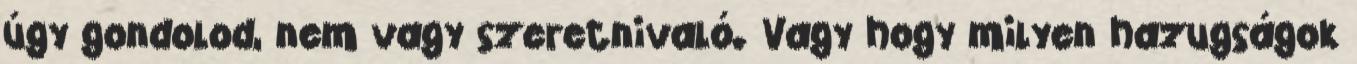
úgy gondolod, nem vagy szeretnivaló. Vagy hogy milyen hazugságok